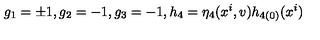
g _ { 1 } = \pm 1 , g _ { 2 } = - 1 , g _ { 3 } = - 1 , h _ { 4 } = \eta _ { 4 } ( x ^ { i } , v ) h _ { 4 ( 0 ) } ( x ^ { i } )